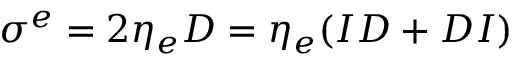
\sigma ^ { e } = 2 \eta _ { e } D = \eta _ { e } ( I D + D I )